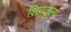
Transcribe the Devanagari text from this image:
शिवतुल्य